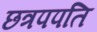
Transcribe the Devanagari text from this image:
छत्रपपति